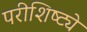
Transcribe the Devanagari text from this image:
परीशिष्ट्ये